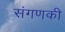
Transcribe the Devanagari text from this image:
संगणकी